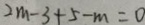
2 m - 3 + 5 - m = 0